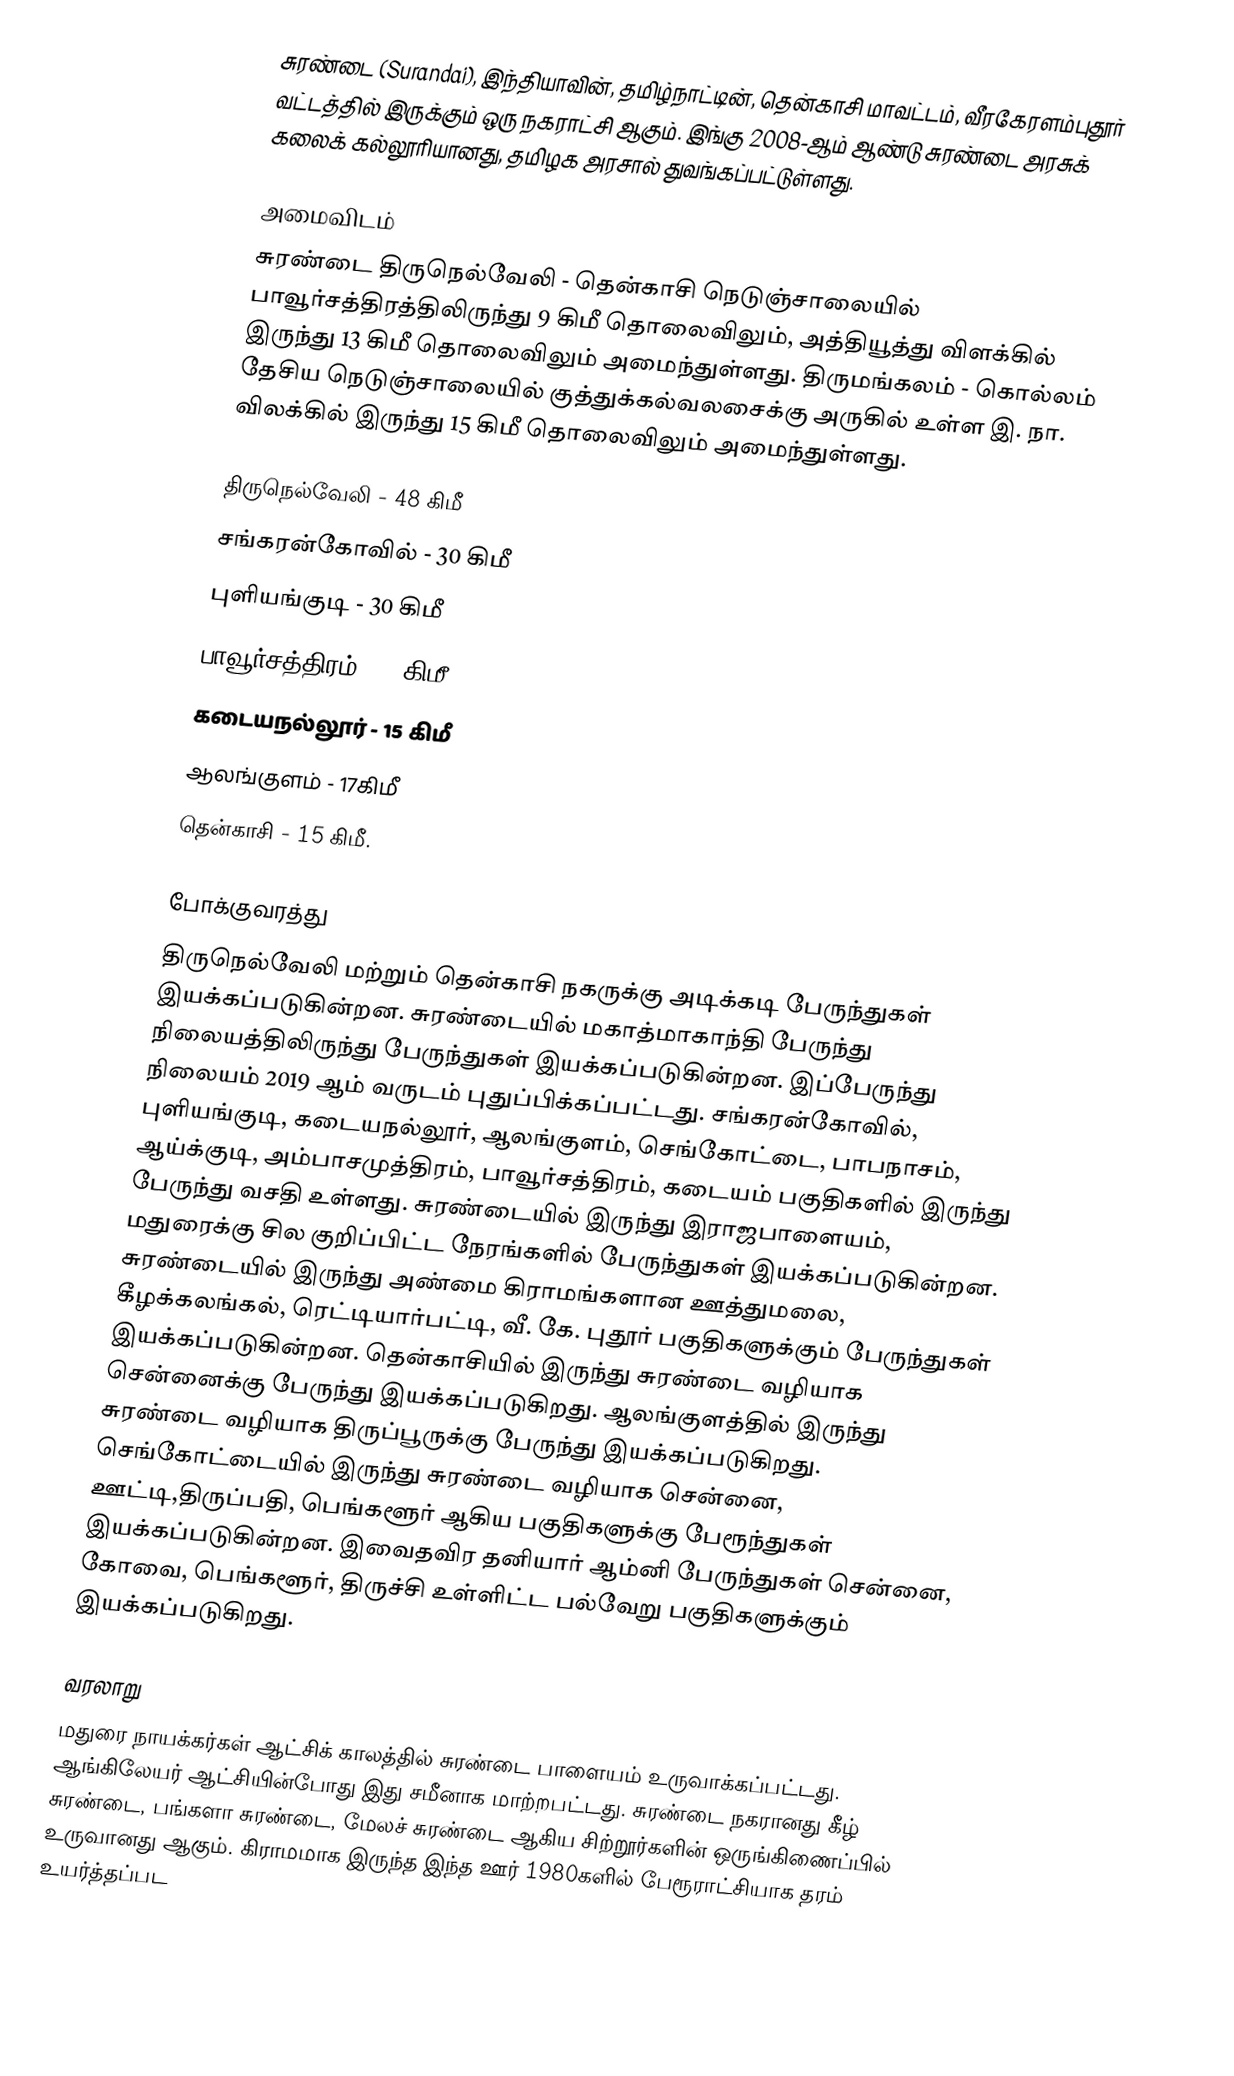
சுரண்டை (Surandai), இந்தியாவின், தமிழ்நாட்டின், தென்காசி மாவட்டம், வீரகேரளம்புதூர் வட்டத்தில் இருக்கும் ஒரு நகராட்சி ஆகும். இங்கு 2008-ஆம் ஆண்டு சுரண்டை அரசுக் கலைக் கல்லூரியானது,  தமிழக அரசால் துவங்கப்பட்டுள்ளது.

அமைவிடம்
சுரண்டை திருநெல்வேலி - தென்காசி நெடுஞ்சாலையில் பாவூர்சத்திரத்திலிருந்து 9 கிமீ தொலைவிலும், அத்தியூத்து விளக்கில் இருந்து 13 கிமீ தொலைவிலும் அமைந்துள்ளது. திருமங்கலம் - கொல்லம் தேசிய நெடுஞ்சாலையில் குத்துக்கல்வலசைக்கு அருகில் உள்ள இ. நா. விலக்கில் இருந்து 15 கிமீ தொலைவிலும் அமைந்துள்ளது.

திருநெல்வேலி - 48 கிமீ
சங்கரன்கோவில் - 30 கிமீ
புளியங்குடி - 30 கிமீ
பாவூர்சத்திரம் - 9 கிமீ
கடையநல்லூர் - 15 கிமீ
ஆலங்குளம் - 17கிமீ
தென்காசி - 15 கிமீ.

போக்குவரத்து
திருநெல்வேலி மற்றும் தென்காசி நகருக்கு அடிக்கடி பேருந்துகள் இயக்கப்படுகின்றன. சுரண்டையில் மகாத்மாகாந்தி பேருந்து நிலையத்திலிருந்து பேருந்துகள் இயக்கப்படுகின்றன. இப்பேருந்து நிலையம் 2019 ஆம் வருடம் புதுப்பிக்கப்பட்டது. சங்கரன்கோவில், புளியங்குடி, கடையநல்லூர், ஆலங்குளம், செங்கோட்டை, பாபநாசம், ஆய்க்குடி, அம்பாசமுத்திரம், பாவூர்சத்திரம், கடையம் பகுதிகளில் இருந்து பேருந்து வசதி உள்ளது. சுரண்டையில் இருந்து இராஜபாளையம், மதுரைக்கு சில குறிப்பிட்ட நேரங்களில் பேருந்துகள் இயக்கப்படுகின்றன. சுரண்டையில் இருந்து அண்மை கிராமங்களான ஊத்துமலை, கீழக்கலங்கல், ரெட்டியார்பட்டி, வீ. கே. புதூர் பகுதிகளுக்கும் பேருந்துகள் இயக்கப்படுகின்றன. தென்காசியில் இருந்து சுரண்டை வழியாக சென்னைக்கு பேருந்து இயக்கப்படுகிறது. ஆலங்குளத்தில் இருந்து சுரண்டை வழியாக திருப்பூருக்கு பேருந்து இயக்கப்படுகிறது. செங்கோட்டையில் இருந்து சுரண்டை வழியாக சென்னை, ஊட்டி,திருப்பதி, பெங்களூர் ஆகிய பகுதிகளுக்கு பேரூந்துகள் இயக்கப்படுகின்றன. இவைதவிர தனியார் ஆம்னி பேருந்துகள் சென்னை, கோவை, பெங்களூர், திருச்சி உள்ளிட்ட பல்வேறு பகுதிகளுக்கும் இயக்கப்படுகிறது.

வரலாறு
மதுரை நாயக்கர்கள் ஆட்சிக் காலத்தில் சுரண்டை பாளையம் உருவாக்கப்பட்டது. ஆங்கிலேயர் ஆட்சியின்போது இது சமீனாக மாற்றபட்டது. சுரண்டை நகரானது கீழ் சுரண்டை, பங்களா சுரண்டை, மேலச் சுரண்டை ஆகிய சிற்றூர்களின் ஒருங்கிணைப்பில் உருவானது ஆகும். கிராமமாக இருந்த இந்த ஊர் 1980களில்  பேரூராட்சியாக தரம் உயர்த்தப்பட